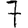
Digit: 7